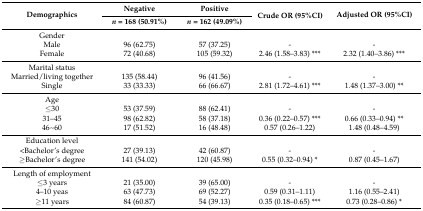
| <ROWSPAN=2> Demographics | Negative | Positive | <ROWSPAN=2> Crude OR (95%CI) | <ROWSPAN=2> Adjusted OR (95%CI) |
 | n = 168 (50.91%) | n = 162 (49.09%) |
 | --- | --- | --- | --- | --- |
 | Gender |  |  |  |  |
 | Male | 96 (62.75) | 57 (37.25) | - | - |
 | Female | 72 (40.68) | 105 (59.32) | 2.46 (1.58–3.83) *** | 2.32 (1.40–3.86) *** |
 | Marital status |  |  |  |  |
 | Married/living together | 135 (58.44) | 96 (41.56) | - | - |
 | Single | 33 (33.33) | 66 (66.67) | 2.81 (1.72–4.61) *** | 1.48 (1.37–3.00) ** |
 | Age |  |  |  |  |
 | ≤30 | 53 (37.59) | 88 (62.41) | - | - |
 | 31–45 | 98 (62.82) | 58 (37.18) | 0.36 (0.22–0.57) *** | 0.66 (0.33–0.94) ** |
 | 46~60 | 17 (51.52) | 16 (48.48) | 0.57 (0.26–1.22) | 1.48 (0.48–4.59) |
 | Education level |  |  |  |  |
 | <Bachelor’s degree | 27 (39.13) | 42 (60.87) | - | - |
 | ≥Bachelor’s degree | 141 (54.02) | 120 (45.98) | 0.55 (0.32–0.94) * | 0.87 (0.45–1.67) |
 | Length of employment |  |  |  |  |
 | ≤3 years | 21 (35.00) | 39 (65.00) | - | - |
 | 4–10 yeas | 63 (47.73) | 69 (52.27) | 0.59 (0.31–1.11) | 1.16 (0.55–2.41) |
 | ≥11 years | 84 (60.87) | 54 (39.13) | 0.35 (0.18–0.65) *** | 0.73 (0.28–0.86) * |